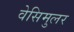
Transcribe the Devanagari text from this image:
वेसिमुलर